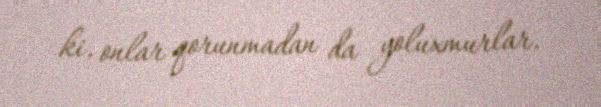
ki, onlar qorunmadan da yoluxmurlar.